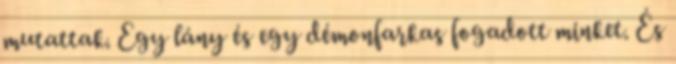
mutattak. Egy lány és egy démonfarkas fogadott minket. És